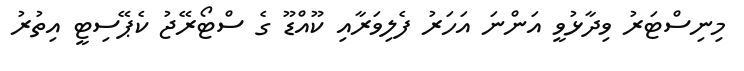
މިނިސްޓަރު ވިދާޅުވީ އަންނަ އަހަރު ފެލިވަރާއި ކޫއްޑޫ ގެ ސްޓޯރޭޖު ކެޕޭސިޓީ އިތުރު